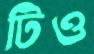
টিও